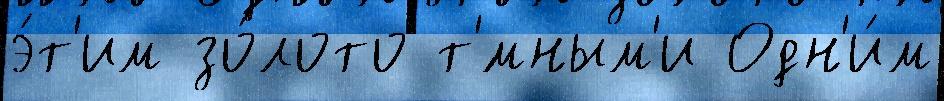
э́т'им зо́лото т'́мным'и Одн'и́м